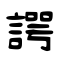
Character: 諤